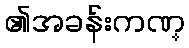
၏အခန်းကဏ္